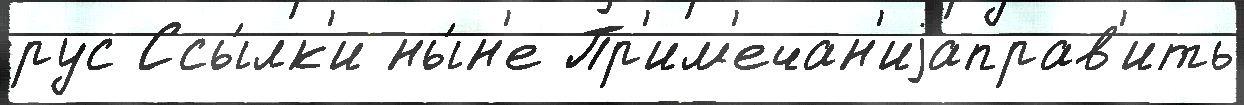
рус Ссы́лк'и ны́н'е Пр'им'ечан'иjаправ'ить